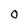
Character: O